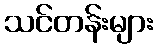
သင်တန်းများ